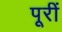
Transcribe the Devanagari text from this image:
पूरीं